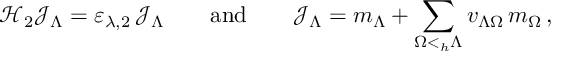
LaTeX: { \mathcal H } _ { 2 } { \mathcal J } _ { \Lambda } = \varepsilon _ { \lambda , 2 } \, { \mathcal J } _ { \Lambda } \qquad \mathrm { a n d } \qquad { \mathcal J } _ { \Lambda } = m _ { \Lambda } + \sum _ { \Omega < _ { h } \Lambda } v _ { \Lambda \Omega } \, m _ { \Omega } \, ,